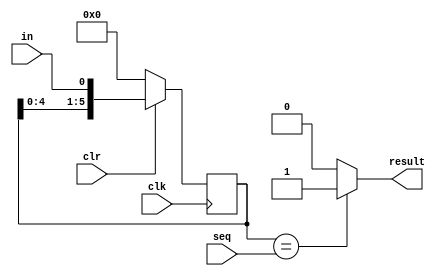
module fsm_shift(clk,clr,in,result,seq);

input clk,clr,in;
input [N:0]seq;
output reg result;
reg [N:0]temp;
parameter N = 5;
always @(posedge clk)
 begin
 if(!clr)
   temp <= 6'd0;
 else
   temp <= {temp[N-1:0] , in};
 end
always @(temp)
  if(temp == seq)
    result <= 1'b1;
  else
    result <= 1'b0;
endmodule